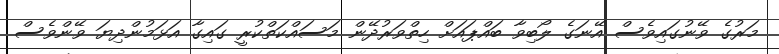
މަރުގެ ވޭނުގައިވެސް އޭނަގެ ލޯބިވާ ބައްޕައަށް ހިތްވަރުދޭން މަސައްކަތްކުރީ ގައިގާ އަޅަމުންދިޔަ ވޭންވެސް